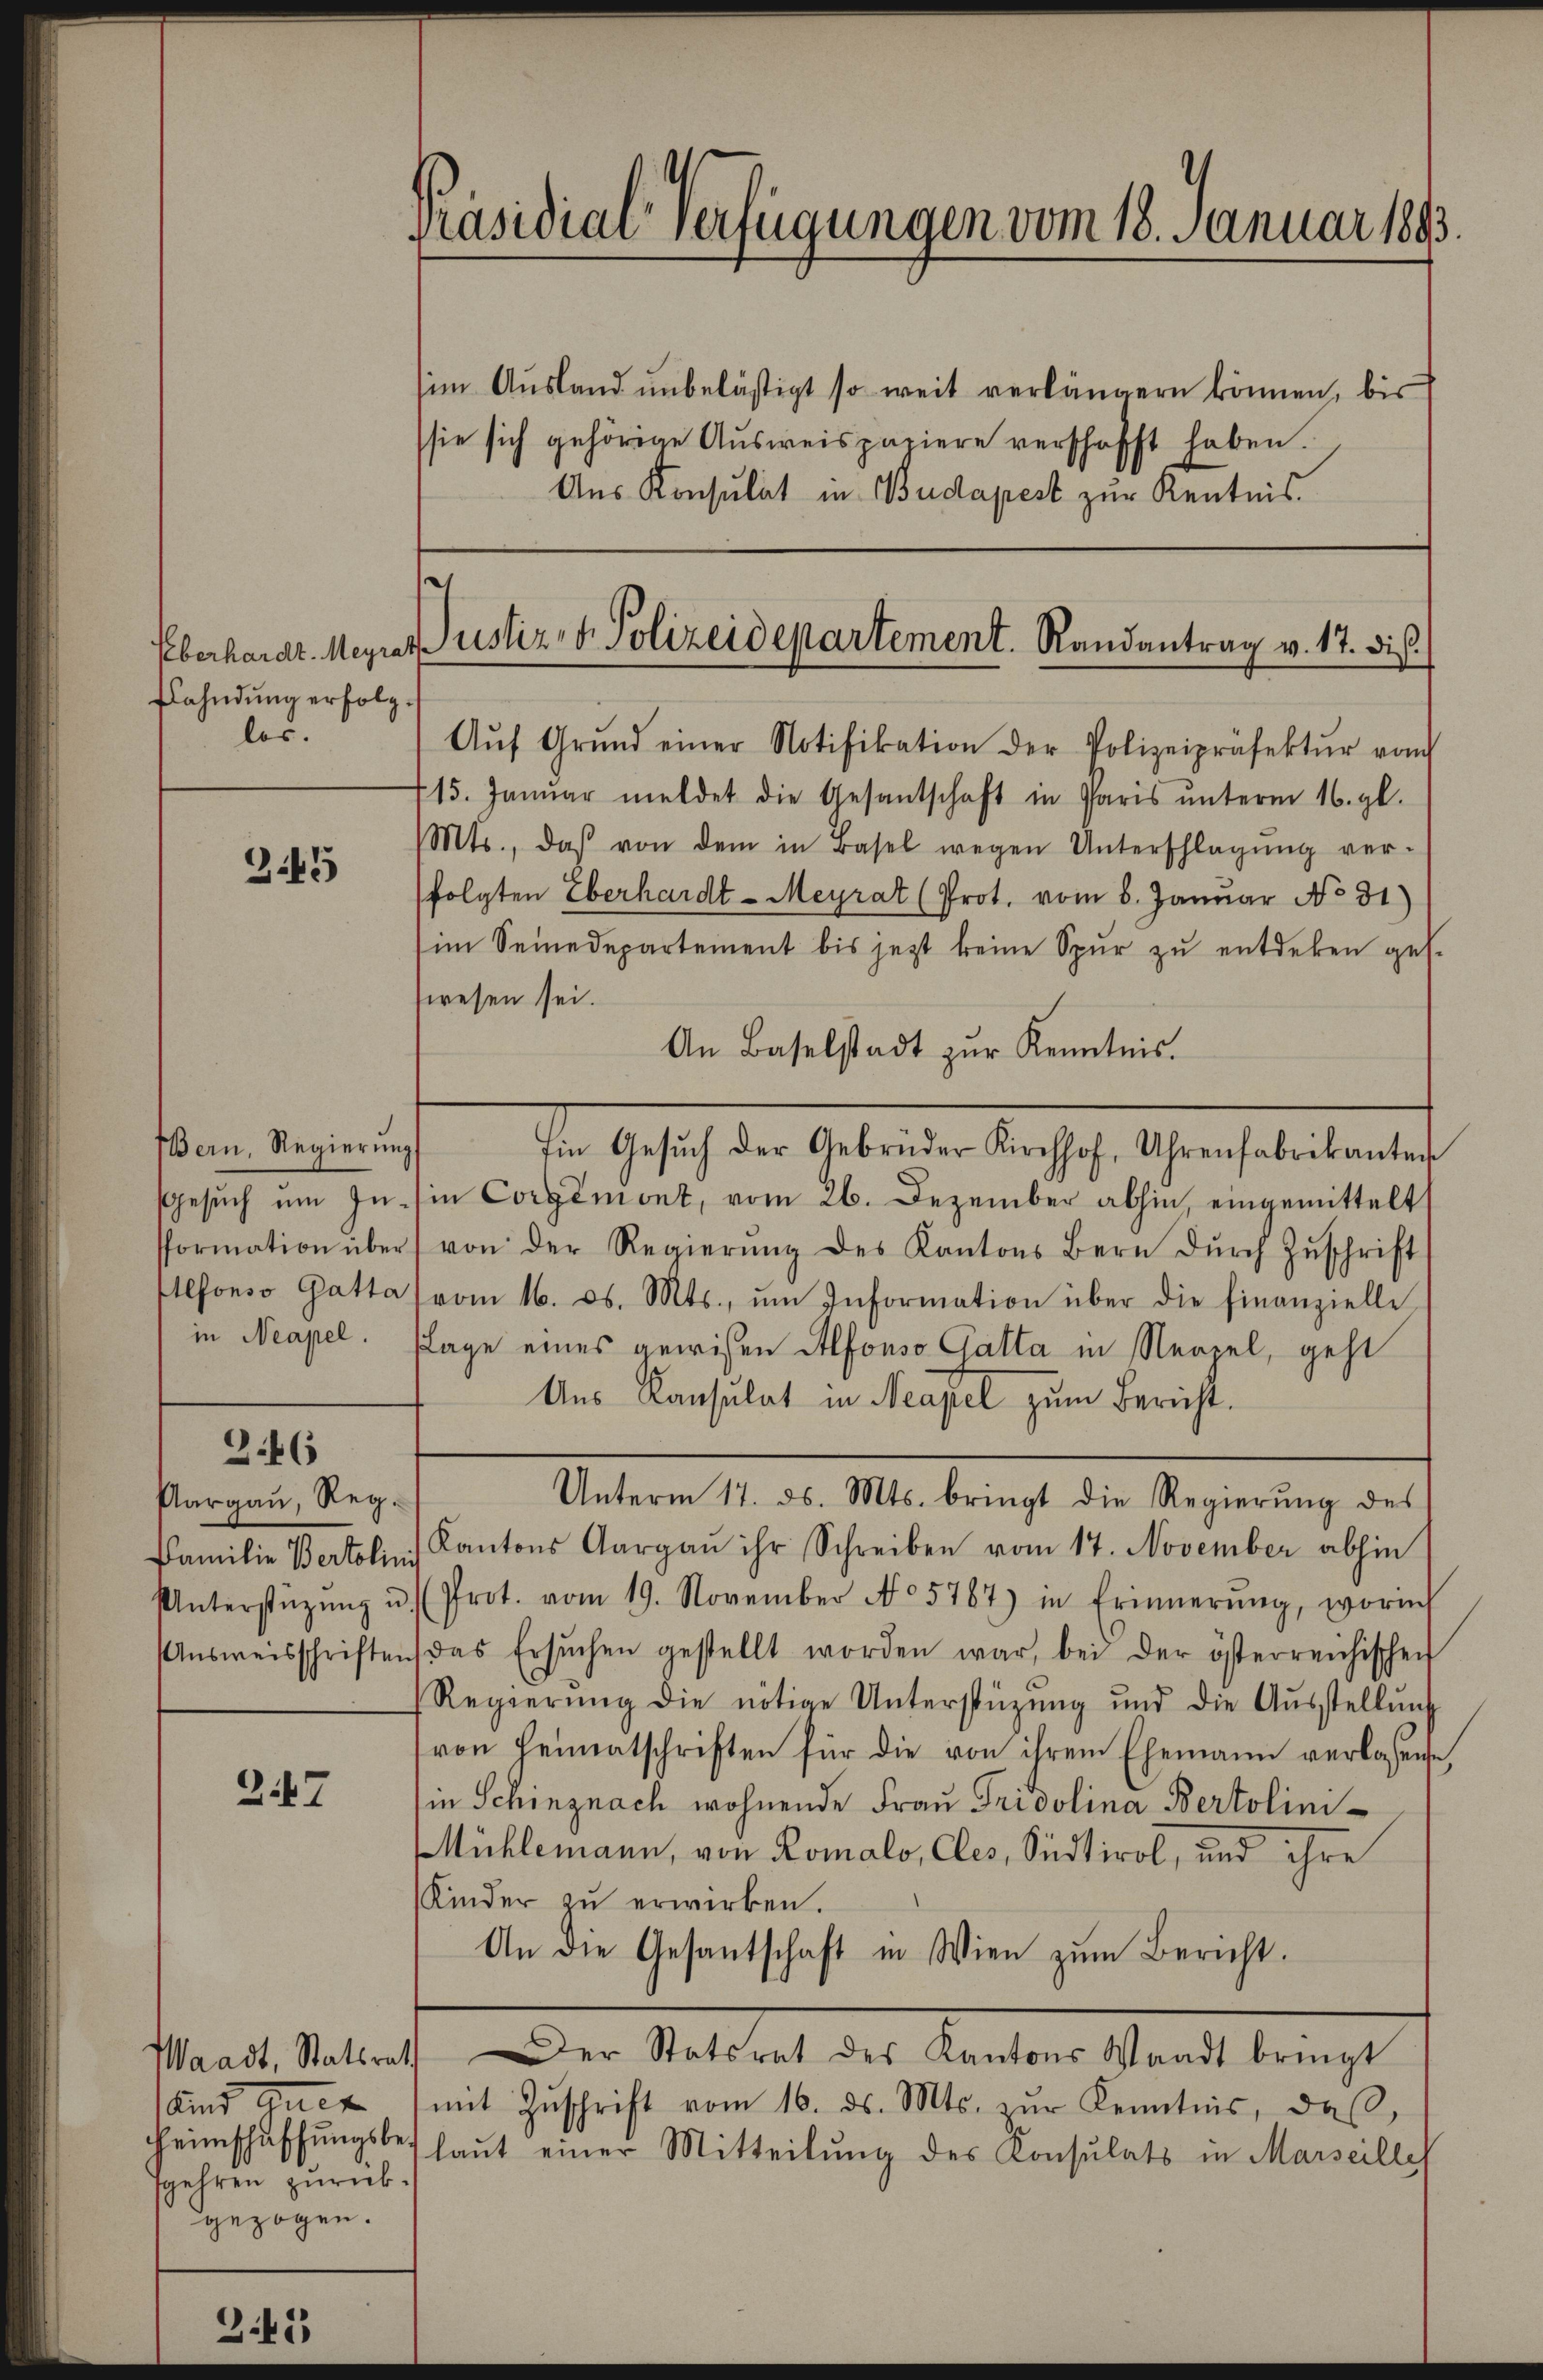
Eberhardt-Meyrat
flahndung erfolglos.

345

BBern, Regierung
Gesuch um Information über
Alfonso Gatta
in Neapel.

246

Aargau, Reg.
Familie Bertolin
Unterstüzung u.
Ausweisschriften

247

Waadt, Statsrath
gehren zurückgezogen.

Präsidial-Verfügungen vom 18. Januar 1893.

im Ausland unbelästigt so weit verlängern können, bis
sie sich gehörige Ausweispapiere verschafft haben.
Aus Konsulat in Budapest zur Kenntnis

.
Justiz- & Polizeidepartement. Randantrag v. 17. dis

Aŭf Grŭnd einer Notifikation der Polizeipräsektŭr vom
15. Janŭar meldet die Gesantschaft in Paris ŭnterm 16. gl.
Mts., daß von dem in Basel wegen Unterschlagŭng ver-
folgten Eberhardt-Meyrat (Prot. vom 8. Janŭar No 81)
im Seinedepartement bis jetzt keine Spur zu entdeken ges.
wesen sei.
An Baselstadt zŭr Kenntnis.
Im Gesŭch der Gebrüder Kirchhof, Uhrenfabrikanten
in Corgémont, vom 26. Dezember abhin, eingemittelt
von der Regierŭng des Kantons Bern dŭrch Zŭschrift
vom 16. ds. Mts., ŭm Information über die finanzielle
Lage eines gewissen Alfonso Gatta in Neapel, geht
Ans Konsulat in Neapel zum Bericht.
Unterm 17. ds. Mts. bringt die Regierŭng des
Kantons Aargau ihr Schreiben vom 17. November abhin
Prot. vom 19. November No 5787) in Erinnerŭng, worin
(das Ersŭchen gestellt worden war, bei der österreichischen
Regierŭng die nötige Unterstüzung und die Aŭsstellŭng
von Heimatschriften für die von ihrem Ehemann verlassene,
in Schinznach wohnende Frau Tridolina Bertolini-
Mühlemann, von Romalo, Cles, Südtirol, und ihre
Kinder zŭ erwirken.
An die Gesantschaft in Wien zŭm Bericht.
Der Statsrat des Kantons Waadt bringt
Kind (mit Zŭschrift vom 16. ds. Mts. zŭr Kenntnis, daβ
Heimschaffŭngsbehaut einer Mitteilung des Konsulats in Marseilles